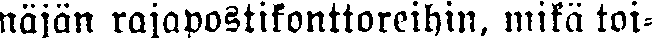
näjän rajapostikonttoreihin, mikä toi-